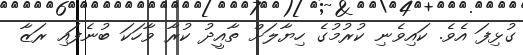
ގުޅިފަ އެވެ. ކައިވެނި ކުރުމުގެ ހިޔާލަށް ތާއީދު ކުރާ ވާހަކަ ބުނެފައި ރަޒާ